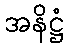
အနိဋ္ဌံ